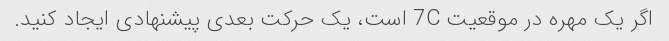
اگر یک مهره در موقعیت 7C است، یک حرکت بعدی پیشنهادی ایجاد کنید.